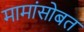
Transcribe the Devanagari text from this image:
मामांसोबत